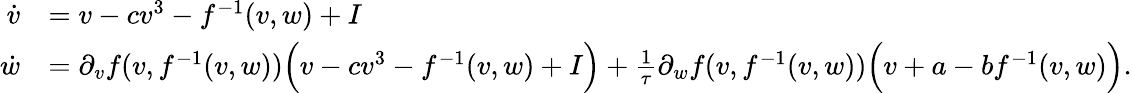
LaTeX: \begin{array}{rl}{\dot{v}}&{=v-cv^{3}-f^{-1}(v,w)+I}\\ {\dot{w}}&{=\partial_{v}f(v,f^{-1}(v,w))\Big(v-cv^{3}-f^{-1}(v,w)+I\Big)+\frac{1}{\tau}\partial_{w}f(v,f^{-1}(v,w))\Big(v+a-bf^{-1}(v,w)\Big).}\end{array}